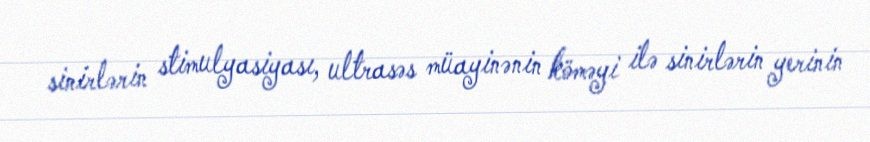
sinirlərin stimulyasiyası, ultrasəs müayinənin köməyi ilə sinirlərin yerinin